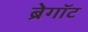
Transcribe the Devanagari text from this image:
ब्रेगॉट